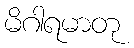
မိဂါရမာတု